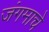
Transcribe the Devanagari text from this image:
जंगमाचे